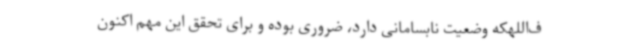
ف‌اللهکه وضعیت نابسامانی دارد، ضروری بوده و برای تحقق این مهم اکنون